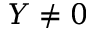
Y \neq 0